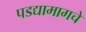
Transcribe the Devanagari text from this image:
पडद्यामागचे